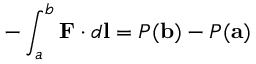
- \int _ { a } ^ { b } \mathbf { F } \cdot d \mathbf { l } = P ( \mathbf { b } ) - P ( \mathbf { a } )